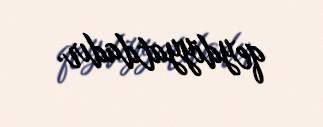
qeydiyyatdadır.